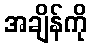
အချိန်ကို